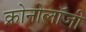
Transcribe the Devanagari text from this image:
क्रोनोलॉजी